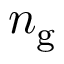
n _ { \mathrm { g } } ^ { \ }